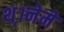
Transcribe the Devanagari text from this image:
थ्।नेमे